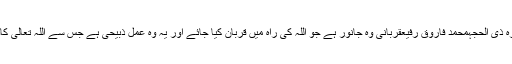
قربانی ، عقیقہ اور عشرہ ذی الحجہمحمد فاروق رفیعقربانی وہ جانور ہے جو اللہ کی راہ میں قربان کیا جائے اور یہ وہ عمل ذبیحی ہے جس سے اللہ تعالیٰ کاقرب حاصل کیا جائے ۔